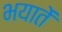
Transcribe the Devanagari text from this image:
भयातें